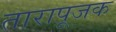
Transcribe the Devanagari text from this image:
तारापूजक